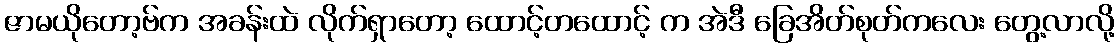
ဇာမယိုတော့ဗ်က အခန်းထဲ လိုက်ရှာတော့ ထောင့်တထောင့် က အဲဒီ ခြေအိတ်စုတ်ကလေး တွေ့လာလို့